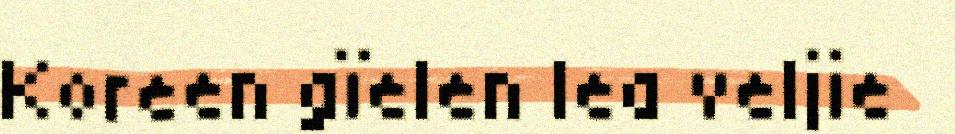
Koreen gïelen lea veljie